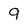
Character: 9